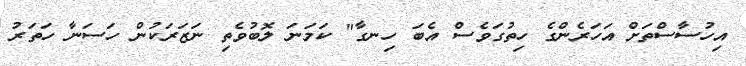
އިހުސާސްތަށް އަހަރެންގެ ހިތުގަވެސް އެބަ ހިނގާ" ކަމަނަ ލޮބުވެތި ނަޒަރަކުން ހަސަނާ ހަތަރު